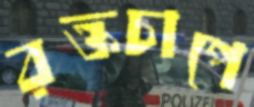
রক্তচাপে